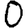
Digit: 0